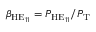
\beta _ { \mathrm { H E } _ { 1 1 } } = P _ { \mathrm { H E } _ { 1 1 } } / P _ { \mathrm { T } }